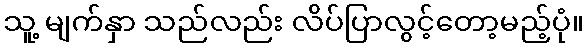
သူ့ မျက်နှာ သည်လည်း လိပ်ပြာလွင့်တော့မည့်ပုံ။